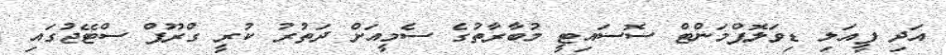
އަދި ފީއަލި ޑިވަލޮޕްމަންޓް ސޮސައިޓީ މުބާރާތުގެ ސެމީއަށް ދަތުރު ކުރީ ގްރޫޕް ސްޓޭޖުގައި